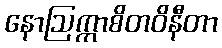
နောဩက္ကာစိတဝိနီတာ